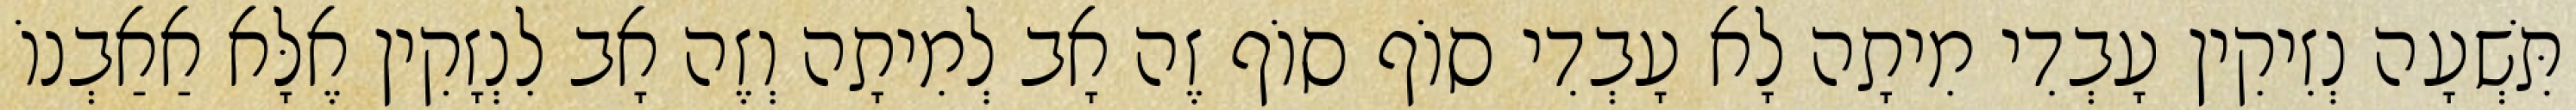
תִּשְׁעָה נְזִיקִין עָבְדִי מִיתָה לָא עָבְדִי סוֹף סוֹף זֶה אָב לְמִיתָה וְזֶה אָב לִנְזָקִין אֶלָּא אַאַבְנוֹ